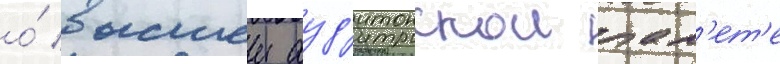
о́ высшеи ауд'иторскои пал'ет'е